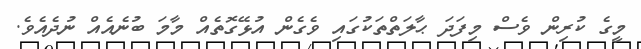
މީގެ ކުރިން ވެސް މިފަދަ ޙާލަތްތަކުގައި ވެގެން އުޅޭގޮތެއް މާމަ ބުނެއެއް ނުދެއެވެ.